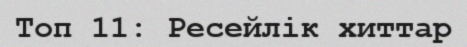
Топ 11: Ресейлік хиттар